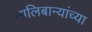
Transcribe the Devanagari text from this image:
तालिबान्यांच्या